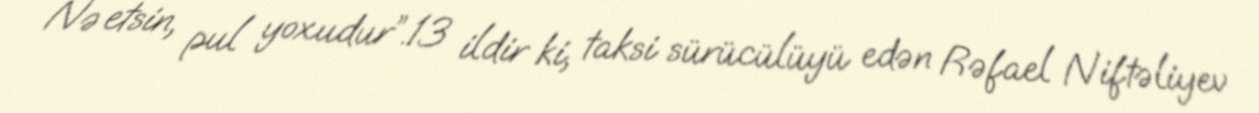
Nə etsin, pul yoxudur”.13 ildir ki, taksi sürücülüyü edən Rəfael Niftəliyev